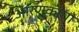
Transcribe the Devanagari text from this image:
आरण्कांचा